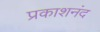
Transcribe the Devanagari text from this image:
प्रकाशनंद